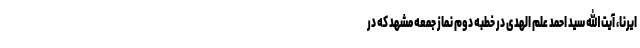
ایرنا، آیت الله سید احمد علم الهدی در خطبه دوم نماز جمعه مشهد که در